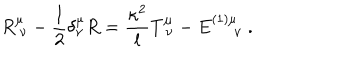
R _ { \ \nu } ^ { \mu } - { \frac { 1 } { 2 } } \delta _ { \nu } ^ { \mu } R = { \frac { \kappa ^ { 2 } } { l } } T _ { \ \nu } ^ { \mu } - E _ { \quad \ \nu } ^ { ( 1 ) \mu } \ .